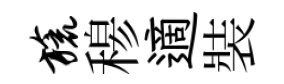
旒𥠇適裝